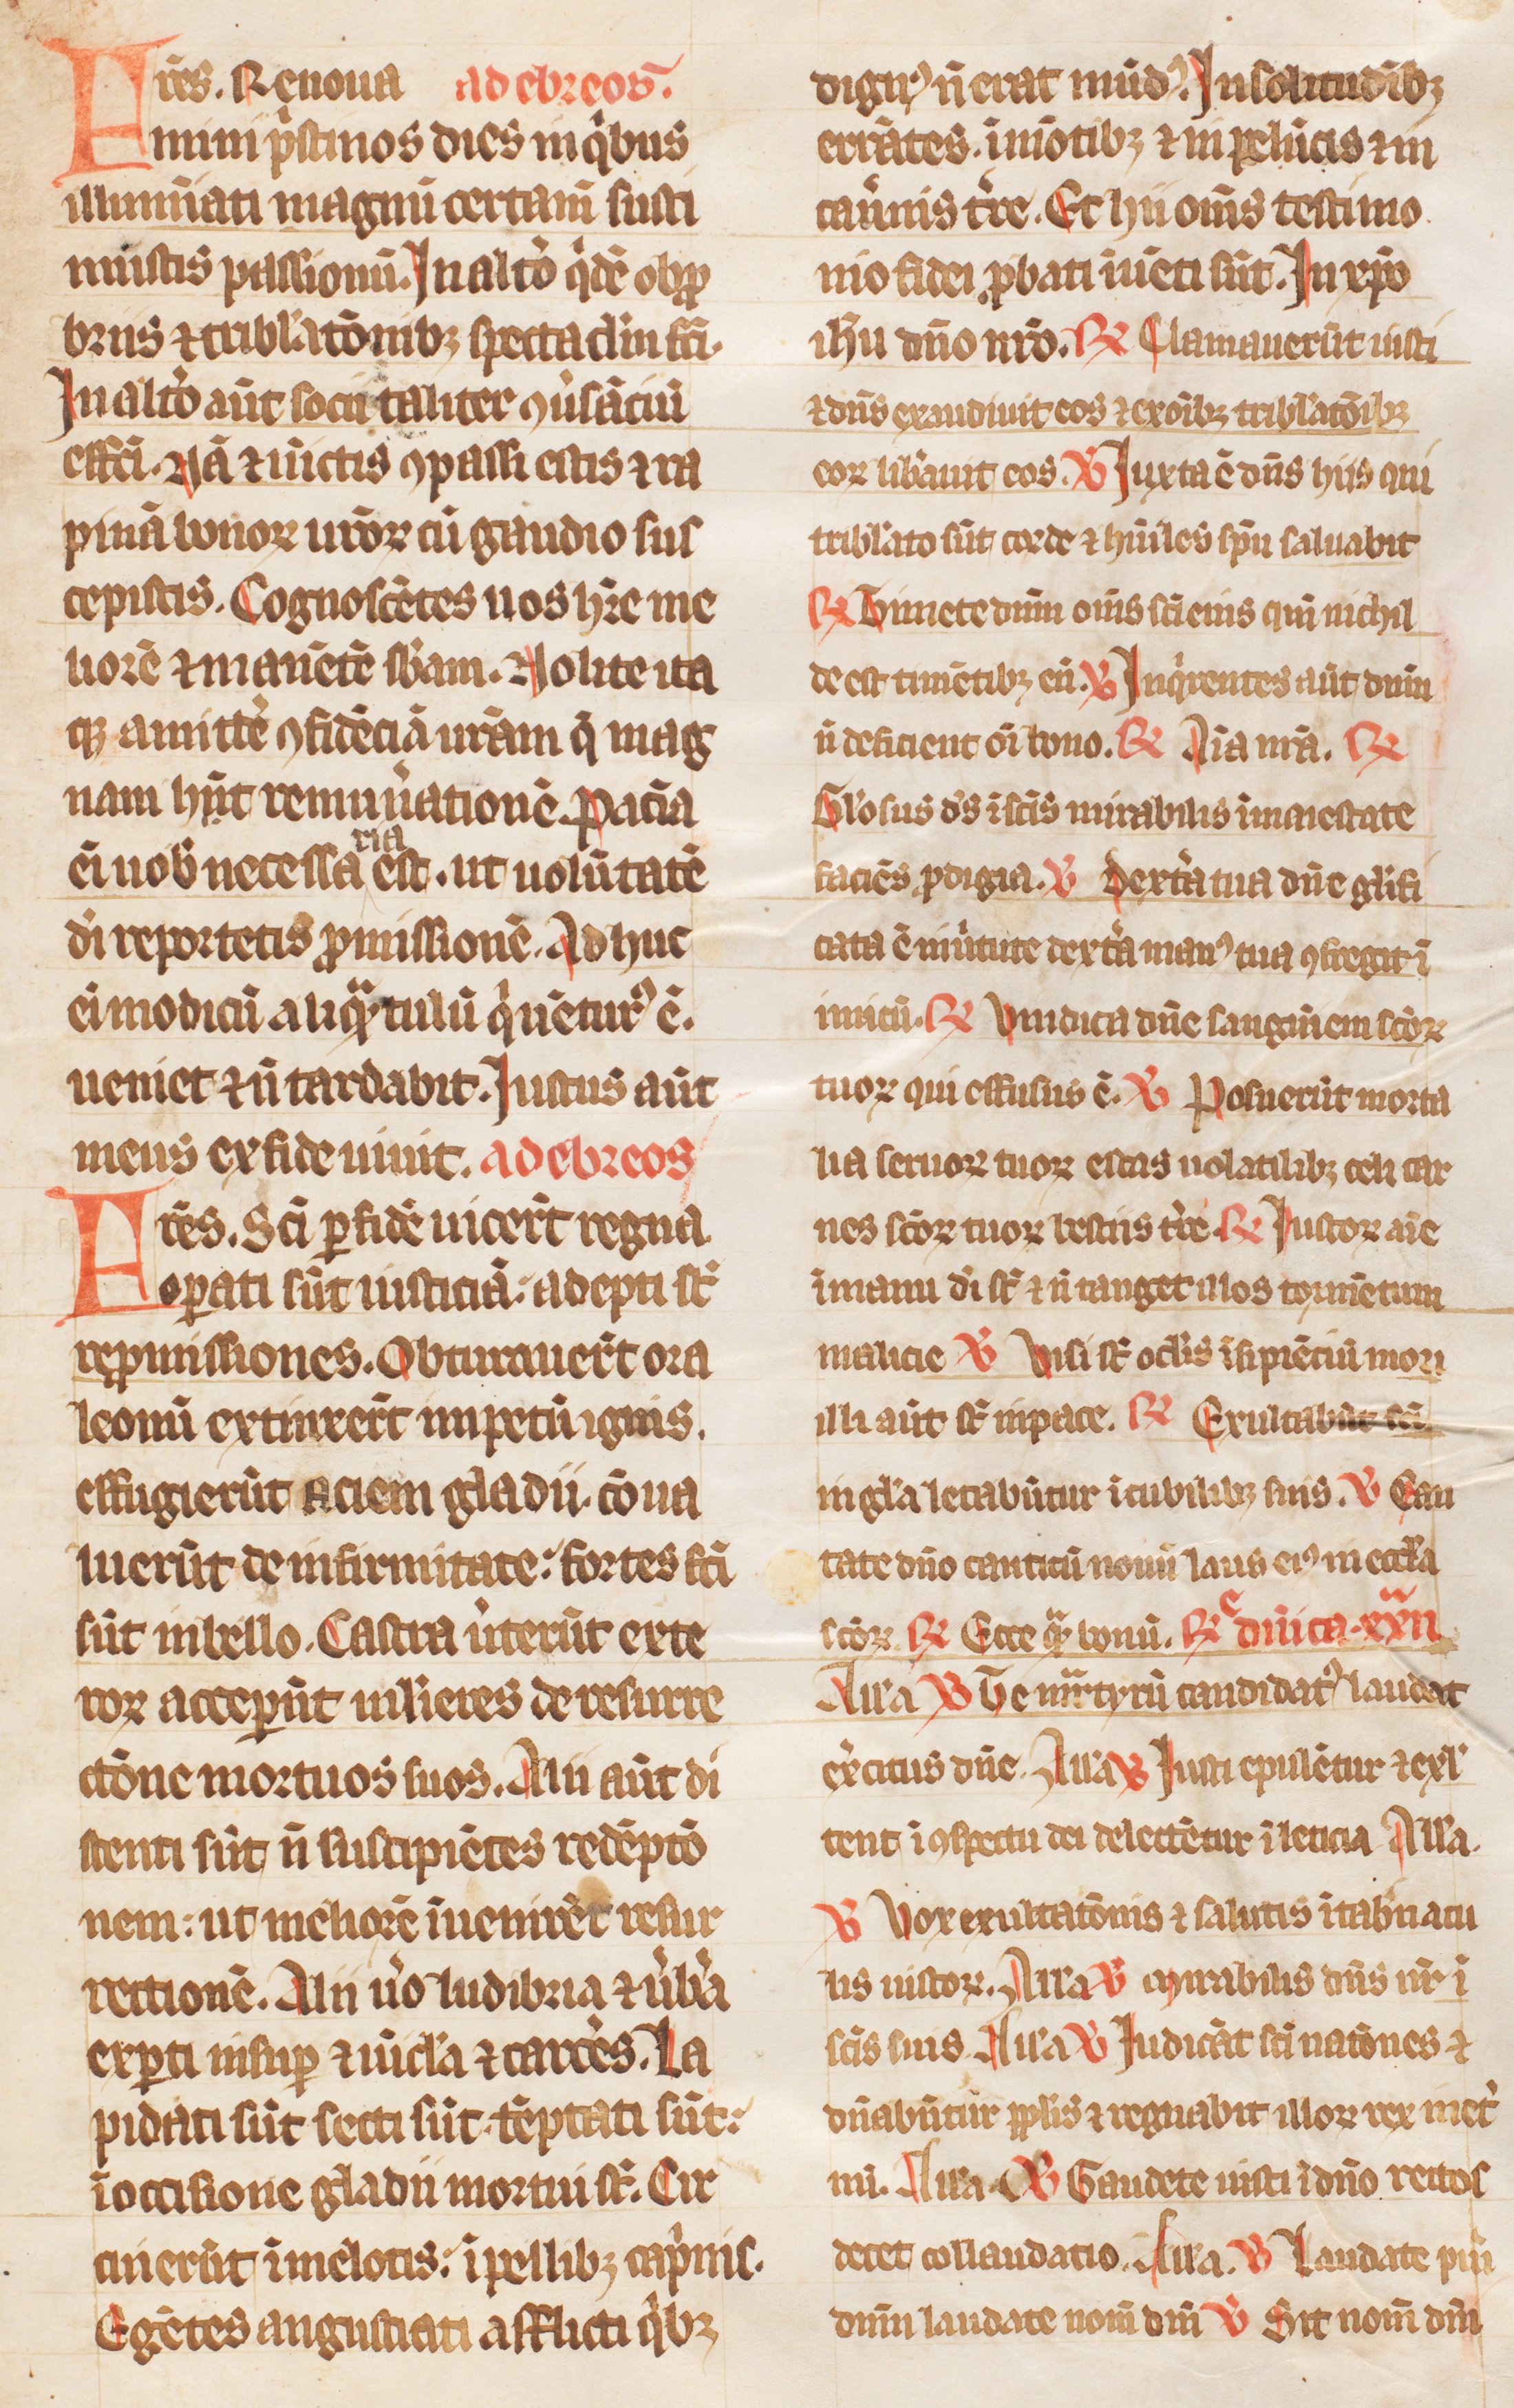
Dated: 1300–1399